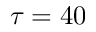
\tau = 4 0